Vaccination in Burma 1920-1933 - 1920-1933
Year: 1920
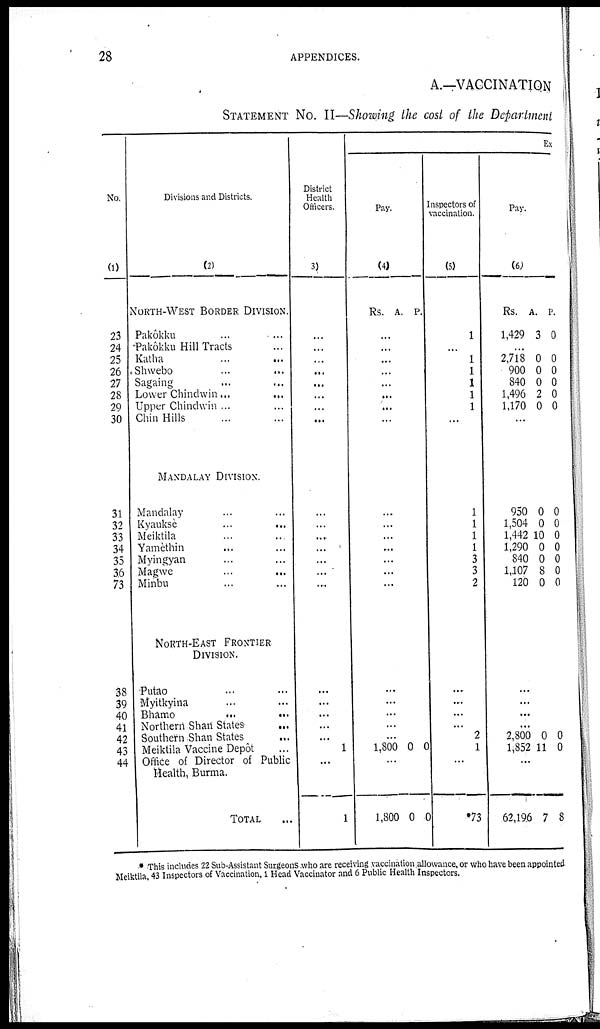
28
APPENDICES.
A.—VACCINATION
STATEMENT No. II—Showing the cost of the Department
No.
(1)
23
24
25
26
27
28
29
30
31
32
33
34
35
36
73
38
39
40
41
42
43
44
Divisions and Districts.
(2)
NORTH-WEST BORDER DIVISION.
Pakôkku ... ...
Pakôkku Hill Tracts ...
Katha ... ...
Shwebo
...
...
Sagaing ... ...
Lower Chindwin...
...
Upper Chindwin ... ...
Chin Hills ... ...
MANDALAY DIVISION.
Mandalay ... ...
Kyauksè ... ...
Meiktila ... ...
Yamèthin ... ...
Myingyan ... ...
Magwe
...
...
Minbu ... ...
NORTH-EAST FRONTIER
DIVISION.
Putao ... ...
Myitkyina ... ...
Bhamo
...
...
Northern Shari States ...
Southern Shan States ...
Meiktila Vaccine Depôt ...
Office of Director of Public
Health, Burma.
TOTAL ...
District
Health
Officers.
(3)
...
...
...
...
...
...
...
...
...
...
...
...
...
...
...
...
...
...
...
...
1
...
1
Ex
Pay.
(4)
Rs. A. P.
...
...
...
...
...
...
...
...
...
...
...
...
...
...
...
...
...
...
...
...
1,800 0 0
...
1,800 0 0
Inspectors of
vaccination.
(5)
1
...
1
1
1
1
1
...
1
1
1
1
3
3
2
...
...
...
...
2
1
...
*73
Pay.
(6)
Rs.
1,429
A.
3
P.
0
...
2,718
900
840
1,496
1,170
0
0
0
2
0
0
0
0
0
0
...
950
1,504
1,442
1,290
840
1,107
120
0
0
10
0
0
8
0
0
0
0
0
0
0
0
...
...
...
...
2,800
1,852
0
11
0
0
...
62,196 7 8
* This includes 22 Sub-Assistant Surgeons who are receiving vaccination allowance, or who have been appointed
Meiktila. 43 Inspectors of Vaccination, 1 Head Vaccinator and 6 Public Health Inspectors.